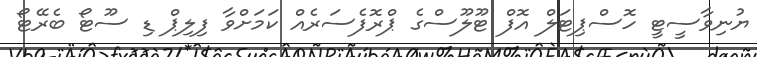
ޔުނިވާސީޓީ ހޮސްޕިޓަލް އޮފް ޓޫލޫސްގެ ޕްރޮފެސަރެއް ކަމަށްވާ ފިލިޕް ޑި ސޫޓޯ ބެރޭޓޯ